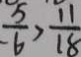
\frac { 5 } { 6 } > \frac { 1 1 } { 1 8 }